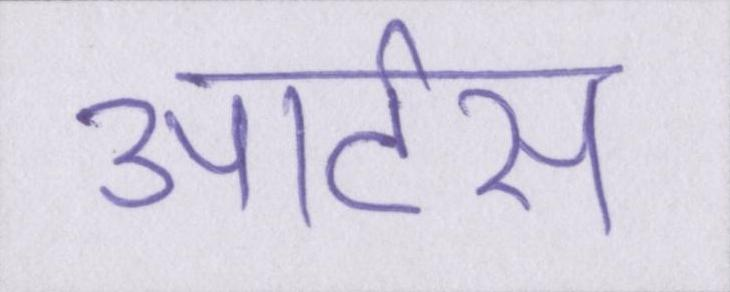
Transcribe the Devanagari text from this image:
आर्टस